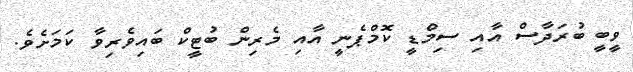
ވީބީ ބުރަދާސް އާއި ސިމްޑީ ކޮމްޕެނީ އާއި މެރިން ބުޓީކް ބައިވެރިވާ ކަމަށެވެ.